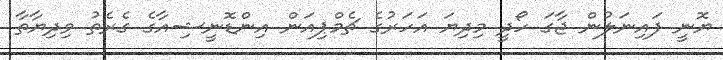
ޔޮނީ ފައިނަލުން ޖާގަ ހޯދީ މިދިޔަ އަހަރުގެ ޗެމްޕިއަން އިންޑޮނީޝިއާގެ ގެރެތު ވިދިޔާތާ